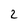
Character: 2